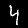
Label: 4